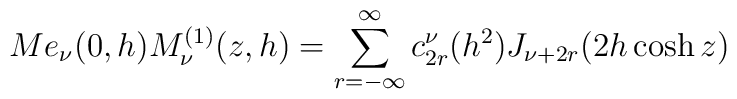
Me_{\nu}(0,h)M^{(1)}_{\nu}(z,h)=\sum^{\infty}_{r=-\infty}c^{\nu}_{2r}(h^2)J_{\nu+2r}(2h\cosh z)